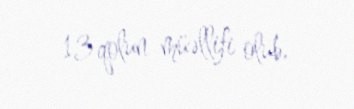
13 qolun müəllifi olub.